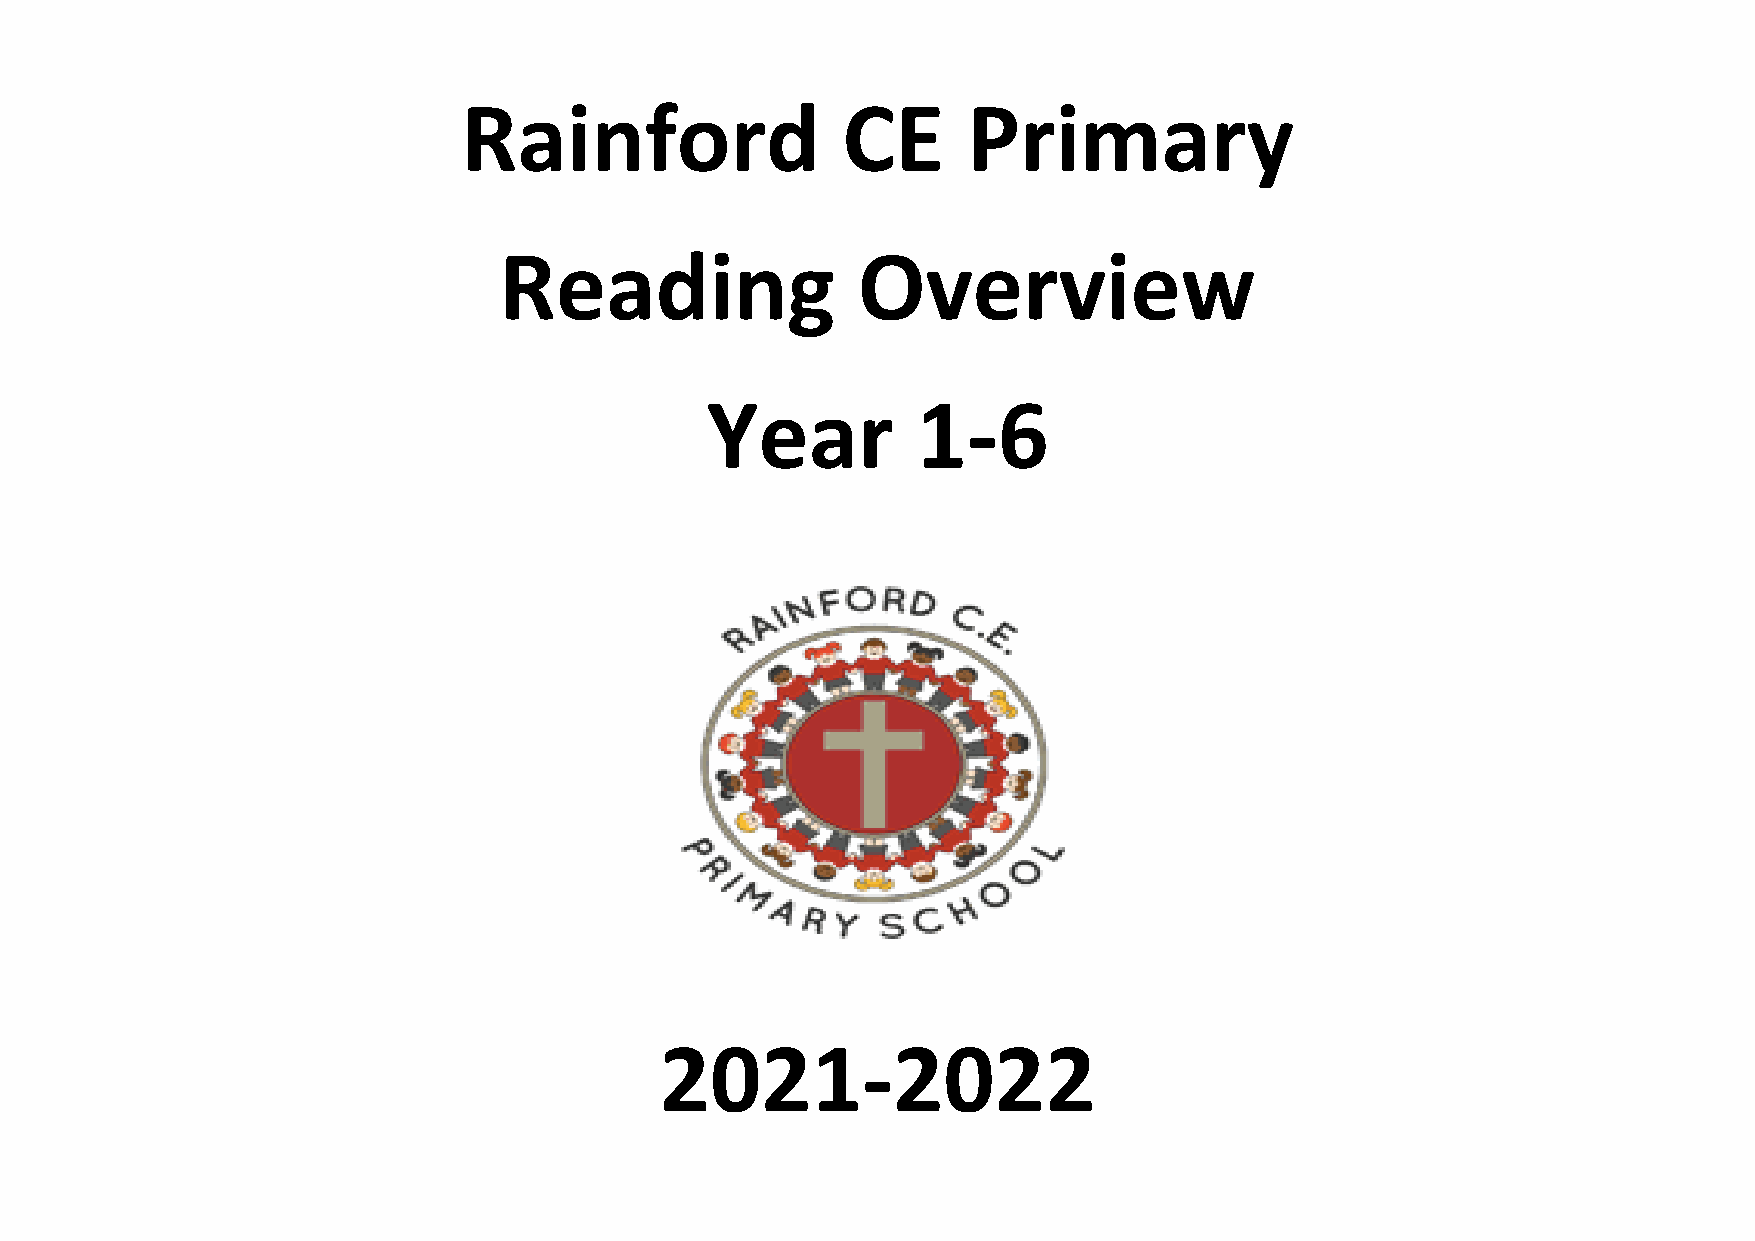
Rainford                 CE      Primary
 Reading                 Overview
 Year          1-6
 2021-2022